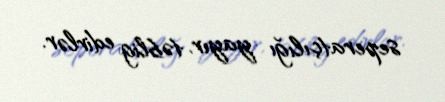
seperatçılığı yayır, təblig edirlər.